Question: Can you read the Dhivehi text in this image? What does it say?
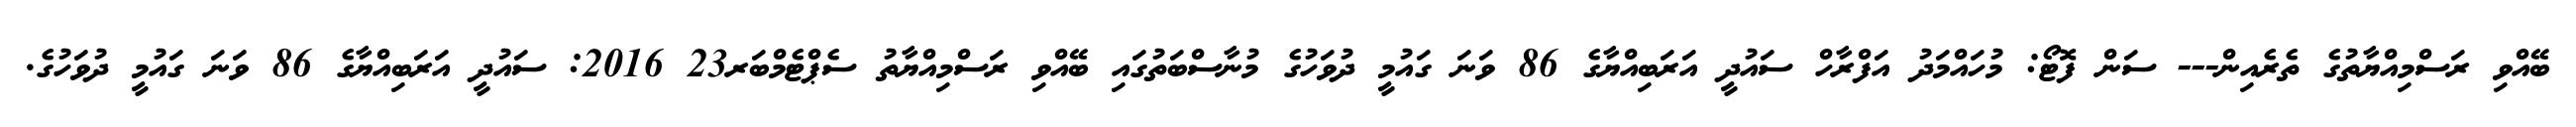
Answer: ބޭއްވި ރަސްމިއްޔާތުގެ ތެރެއިން--- ސަން ފޮޓޯ: މުހައްމަދު އަފްރާހް ސައުދީ އަރަބިއްޔާގެ 86 ވަނަ ގައުމީ ދުވަހުގެ މުނާސްބަތުގައި ބޭއްވި ރަސްމިއްޔާތު ސެޕްޓެމްބަރ23 2016: ސައުދީ އަރަބިއްޔާގެ 86 ވަނަ ގައުމީ ދުވަހުގެ.